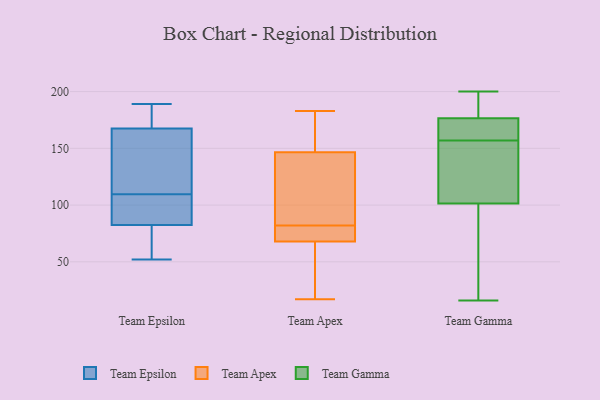
{"axis": {"x": "Waste Production (Tons)", "y": "Value"}, "legend": ["Team Apex", "Team Epsilon", "Team Gamma"], "data": [{"x": "", "y": 172, "type": "Team Epsilon"}, {"x": "", "y": 189, "type": "Team Epsilon"}, {"x": "", "y": 123, "type": "Team Epsilon"}, {"x": "", "y": 99, "type": "Team Epsilon"}, {"x": "", "y": 58, "type": "Team Epsilon"}, {"x": "", "y": 173, "type": "Team Epsilon"}, {"x": "", "y": 98, "type": "Team Epsilon"}, {"x": "", "y": 187, "type": "Team Epsilon"}, {"x": "", "y": 99, "type": "Team Epsilon"}, {"x": "", "y": 52, "type": "Team Epsilon"}, {"x": "", "y": 86, "type": "Team Epsilon"}, {"x": "", "y": 56, "type": "Team Epsilon"}, {"x": "", "y": 79, "type": "Team Epsilon"}, {"x": "", "y": 120, "type": "Team Epsilon"}, {"x": "", "y": 146, "type": "Team Epsilon"}, {"x": "", "y": 163, "type": "Team Epsilon"}, {"x": "", "y": 183, "type": "Team Apex"}, {"x": "", "y": 17, "type": "Team Apex"}, {"x": "", "y": 52, "type": "Team Apex"}, {"x": "", "y": 162, "type": "Team Apex"}, {"x": "", "y": 73, "type": "Team Apex"}, {"x": "", "y": 96, "type": "Team Apex"}, {"x": "", "y": 81, "type": "Team Apex"}, {"x": "", "y": 168, "type": "Team Apex"}, {"x": "", "y": 71, "type": "Team Apex"}, {"x": "", "y": 126, "type": "Team Apex"}, {"x": "", "y": 62, "type": "Team Apex"}, {"x": "", "y": 81, "type": "Team Apex"}, {"x": "", "y": 23, "type": "Team Apex"}, {"x": "", "y": 93, "type": "Team Apex"}, {"x": "", "y": 82, "type": "Team Apex"}, {"x": "", "y": 156, "type": "Team Apex"}, {"x": "", "y": 137, "type": "Team Apex"}, {"x": "", "y": 82, "type": "Team Apex"}, {"x": "", "y": 65, "type": "Team Apex"}, {"x": "", "y": 156, "type": "Team Apex"}, {"x": "", "y": 139, "type": "Team Gamma"}, {"x": "", "y": 154, "type": "Team Gamma"}, {"x": "", "y": 157, "type": "Team Gamma"}, {"x": "", "y": 89, "type": "Team Gamma"}, {"x": "", "y": 178, "type": "Team Gamma"}, {"x": "", "y": 159, "type": "Team Gamma"}, {"x": "", "y": 172, "type": "Team Gamma"}, {"x": "", "y": 16, "type": "Team Gamma"}, {"x": "", "y": 200, "type": "Team Gamma"}, {"x": "", "y": 45, "type": "Team Gamma"}, {"x": "", "y": 186, "type": "Team Gamma"}]}